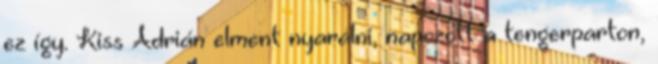
ez így. Kiss Adrián elment nyaralni, napozott a tengerparton,